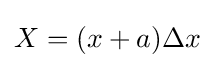
X=(x+a)\Delta x